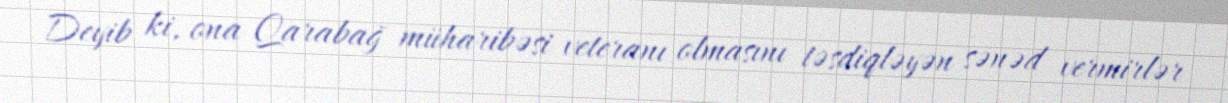
Deyib ki, ona Qarabağ müharibəsi veteranı olmasını təsdiqləyən sənəd vermirlər